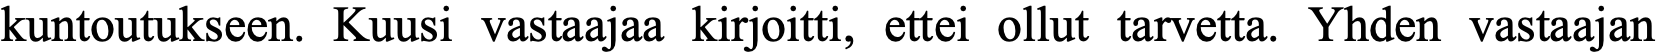
kuntoutukseen. Kuusi vastaajaa kirjoitti, ettei ollut tarvetta. Yhden vastaajan